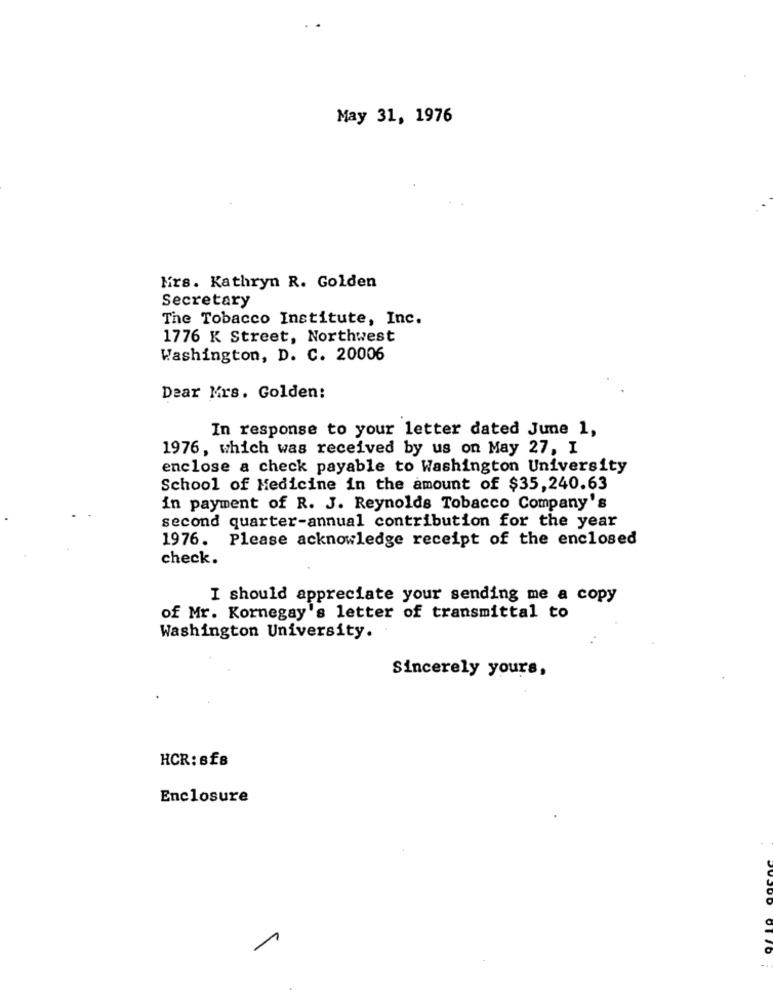
May 31, 1976
Kirs. Kathryn R. Golden
Secretary
The Tobacco Institute, Inc.
1776 K Street, Northwest
Washington, D. C. 20006
Dear Mrs. Golden:
In response to your letter dated June 1,
1976, which was received by us on May 27, I
enclose a check payable to Washington University
School of Medicine in the amount of $35,240.63
in payment of R. J. Reynolds Tobacco Company's
second quarter-annual contribution for the year
1976. Please acknowledge receipt of the enclosed
check.
I should appreciate your sending me a copy
of Mr. Kornegay's letter of transmittal to
Washington University.
Sincerely yours,
HCR:s£8
Enclosure